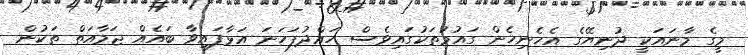
މީގެ މާނައަކީ ދުނިޔޭގެ އެހެނިހެން ގައުމުތަކުގައިވެސް ހައްދުފަހަނަ އަޅާފައިވާ ބައެއް ޖަމާއަތް ތަކުން